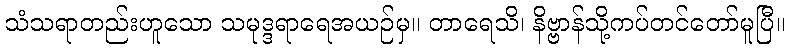
သံသရာတည်းဟူသော သမုဒ္ဒရာရေအယဉ်မှ။ တာရေသိ၊ နိဗ္ဗာန်သို့ကပ်တင်တော်မူပြီ။